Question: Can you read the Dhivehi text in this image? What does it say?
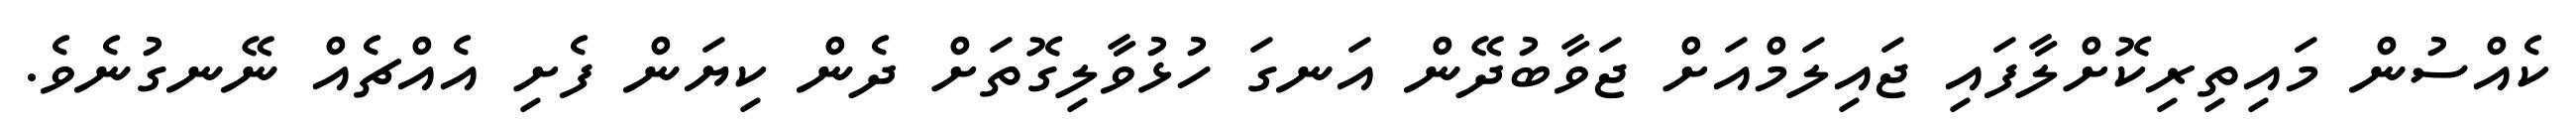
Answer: ކެއްސުން މައިތިރިކޮށްލާފައި ޖައިލަމްއަށް ޖަވާބުދޭން އަނގަ ހުޅުވާލިގޮތަށް ދެން ކިޔަން ފެށި އެއްޗެއް ނޭނގުނެވެ.